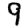
Digit: 9